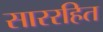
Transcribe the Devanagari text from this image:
साररहित